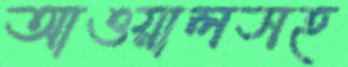
আওয়ালসহ